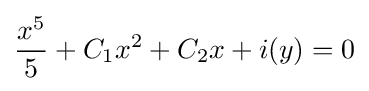
{x^{5} \over 5}+C_{1}x^{2}+C_{2}x+i(y)=0